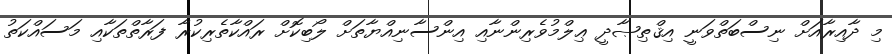
މި ދާއިރާއަށް ނިސްބަތްވަނީ އިޤްޠިޞާދީ ޢިލްމުވެރިންނާއި އިންސާނިއްޔާތަށް ލޯބިކޮށް ރައްކާތެރިކުރާ ފަރާތްތަކާއި މަސައްކަތު